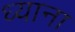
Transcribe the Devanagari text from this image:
ध्याना